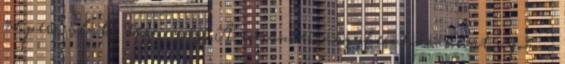
49 perc alatt teszi meg. A romániai nagyberuházásokat nyomon